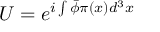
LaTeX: U = e ^ { i \int \bar { \phi } \pi ( x ) d ^ { 3 } x }